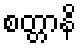
စတ္တာနိ